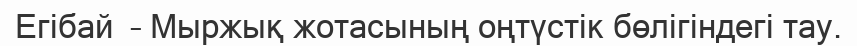
Егібай  – Мыржық жотасының оңтүстік бөлігіндегі тау.